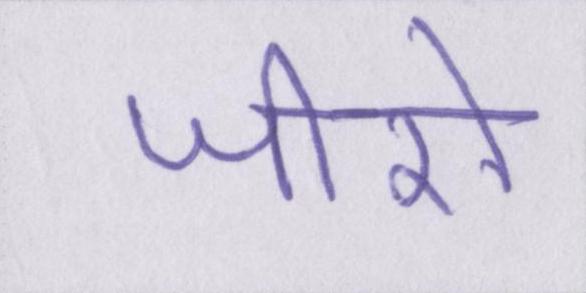
जीरो